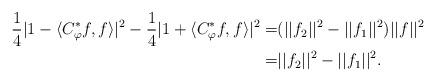
LaTeX: \begin{align*}\frac{1}{4}|1-\langle C_\varphi^*f,f\rangle|^2-\frac{1}{4}|1+\langle C_\varphi^*f,f\rangle|^2=&(||f_2||^2-||f_1||^2)||f||^2 \\=&||f_2||^2-||f_1||^2.\end{align*}